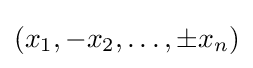
(x_{1},-x_{2},\ldots ,\pm x_{n})